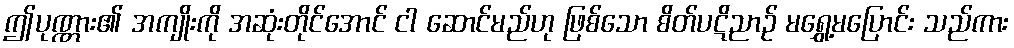
ဤပုဏ္ဏား၏ အကျိုးကို အဆုံးတိုင်အောင် ငါ ဆောင်မည်ဟု ဖြစ်သော စိတ်ပဋိညာဉ် မရွှေ့မပြောင်း သည်ကား